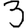
Digit: 3